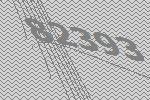
82393